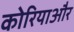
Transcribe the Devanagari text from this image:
कोरियाऔर